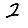
Digit: 2